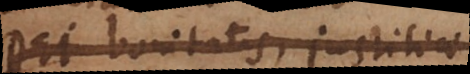
Dei bonitatis, justitiae